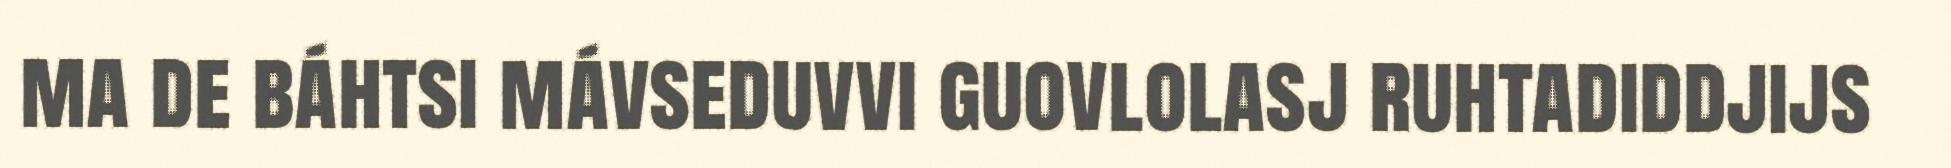
ma de báhtsi mávseduvvi guovlolasj ruhtadiddjijs